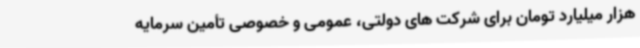
هزار میلیارد تومان برای شرکت های دولتی، عمومی و خصوصی تأمین سرمایه